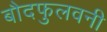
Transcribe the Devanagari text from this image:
बौदफुलवनी